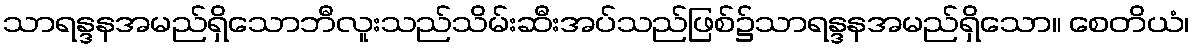
သာရန္ဒနအမည်ရှိသောဘီလူးသည်သိမ်းဆီးအပ်သည်ဖြစ်၌သာရန္ဒနအမည်ရှိသော။ စေတိယံ၊